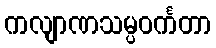
ကလျာဏသမ္ပဝင်္ကတာ